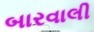
બારવાલી